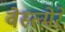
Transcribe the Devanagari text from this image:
वेस्त्मेरे